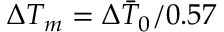
\Delta T _ { m } = \Delta \bar { T } _ { 0 } / 0 . 5 7